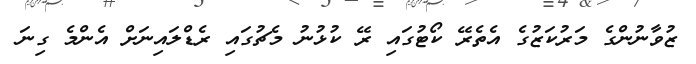
ޒުވާނުންގެ މަރުކަޒުގެ އެތެރޭ ކޯޓުގައި ރޭ ކުޅުނު މެޗުގައި ރެޑްލައިނަށް އެންމެ ގިނަ